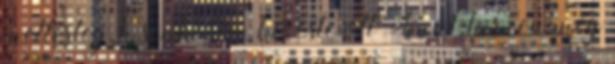
mellesleg, h senki sem kereste ott Finnt, hiszen még